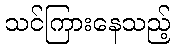
သင်ကြားနေသည့်